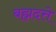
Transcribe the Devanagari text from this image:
बह्मदत्ते